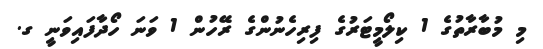
މި މުބާރާތުގެ 1 ކިލޯމީޓަރުގެ ފިރިހެނުންގެ ރޭހުން 1 ވަނަ ހޯދާފައިވަނީ ގ.